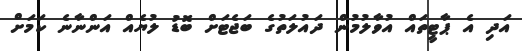
އަދި އެ ޕާޓީތައް އުވާލުމުން ދައުލަތުގެ ބަޖެޓަށް ބޮޑު ލުޔެއް އަންނާނެ ކަމަށް